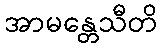
အာမန္တေသီတိ